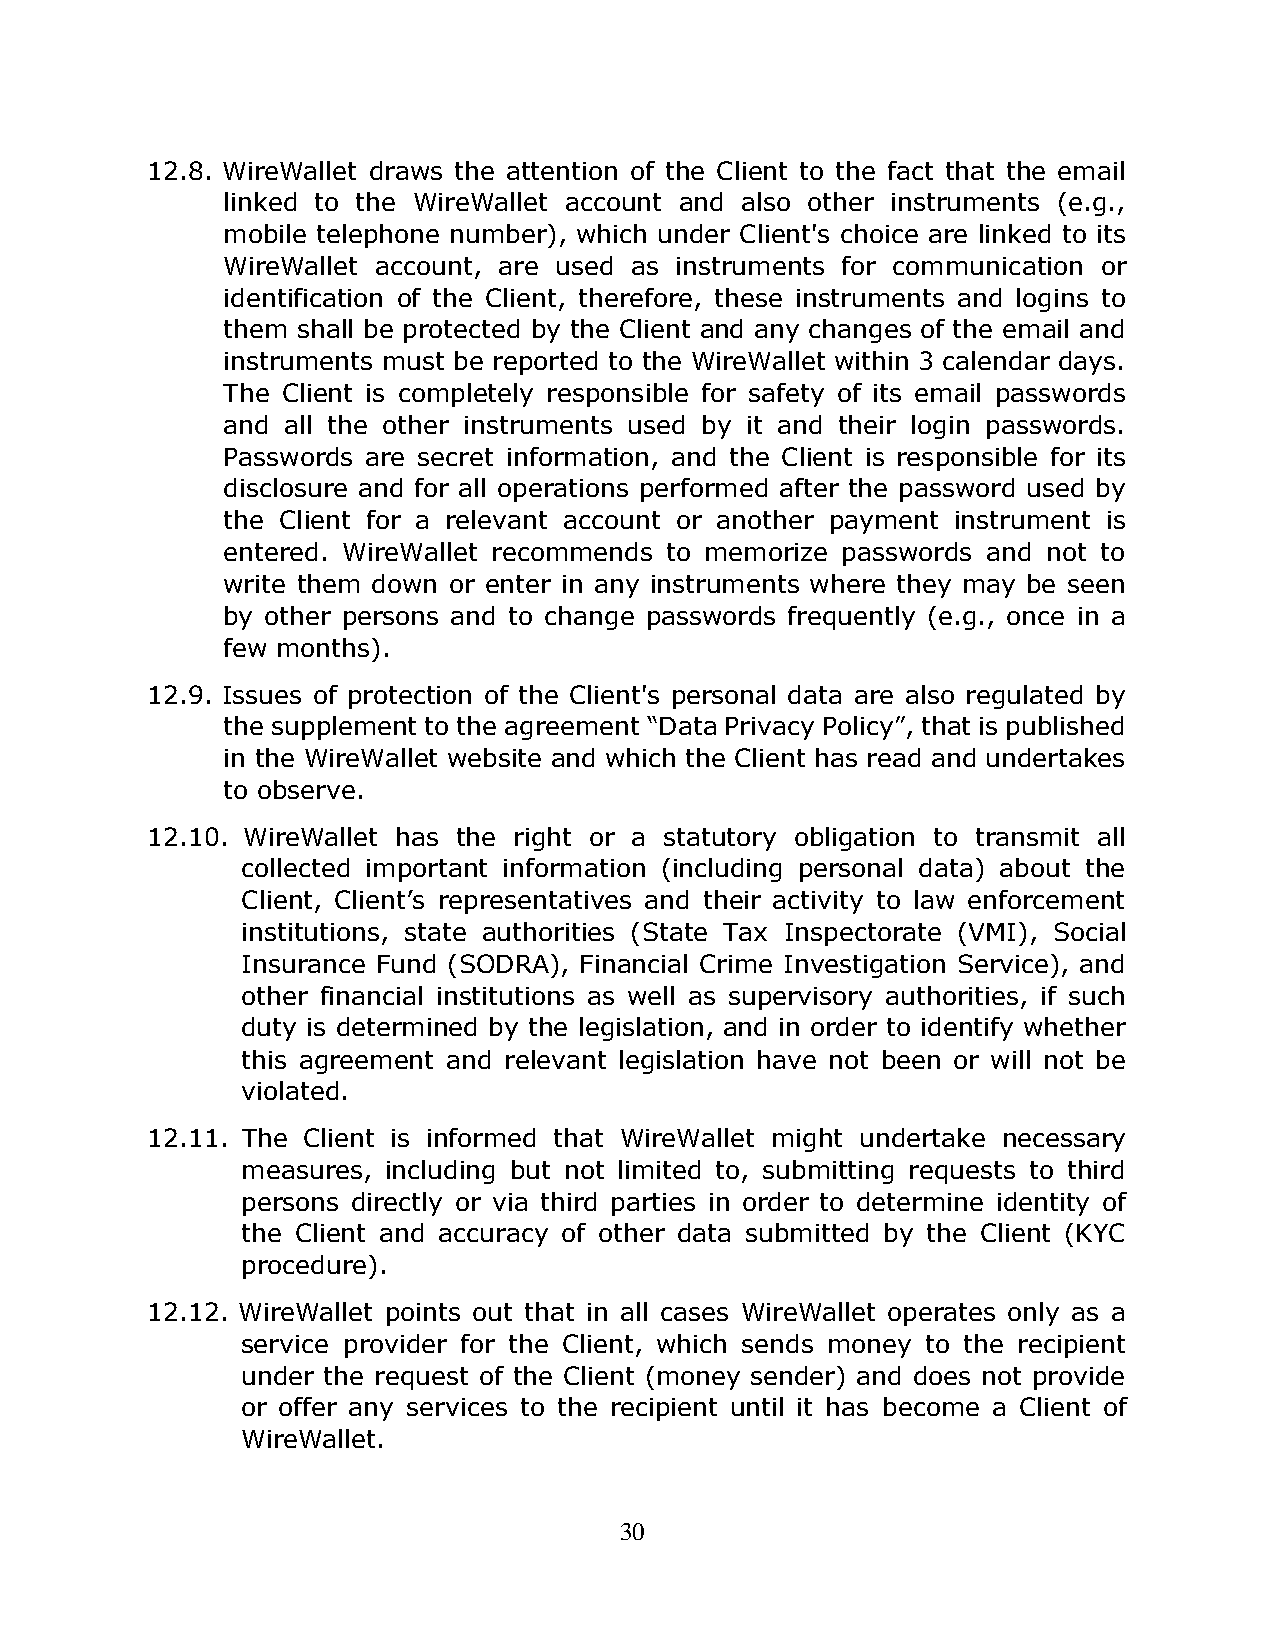
12.8. WireWallet draws the attention of the Client to the fact that the email
 linked to the WireWallet account and also other instruments (e.g.,
 mobile telephone number), which under Client's choice are linked to its
 WireWallet account, are used as instruments for communication or
 identification of the Client, therefore, these instruments and logins to
 them shall be protected by the Client and any changes of the email and
 instruments must be reported to the WireWallet within 3 calendar days.
 The Client is completely responsible for safety of its email passwords
 and all the other instruments used by it and their login passwords.
 Passwords are secret information, and the Client is responsible for its
 disclosure and for all operations performed after the password used by
 the Client for a relevant account or another payment instrument is
 entered. WireWallet recommends to memorize passwords and not to
 write them down or enter in any instruments where they may be seen
 by other persons and to change passwords frequently (e.g., once in a
 few months).
 12.9. Issues of protection of the Client's personal data are also regulated by
 the supplement to the agreement “Data Privacy Policy”, that is published
 in the WireWallet website and which the Client has read and undertakes
 to observe.
 12.10. WireWallet has the right or a statutory obligation to transmit all
 collected important information (including personal data) about the
 Client, Client’s representatives and their activity to law enforcement
 institutions, state authorities (State Tax Inspectorate (VMI), Social
 Insurance Fund (SODRA), Financial Crime Investigation Service), and
 other financial institutions as well as supervisory authorities, if such
 duty is determined by the legislation, and in order to identify whether
 this agreement and relevant legislation have not been or will not be
 violated.
 12.11. The Client is informed that WireWallet might undertake necessary
 measures, including but not limited to, submitting requests to third
 persons directly or via third parties in order to determine identity of
 the Client and accuracy of other data submitted by the Client (KYC
 procedure).
 12.12. WireWallet points out that in all cases WireWallet operates only as a
 service provider for the Client, which sends money to the recipient
 under the request of the Client (money sender) and does not provide
 or offer any services to the recipient until it has become a Client of
 WireWallet.
 30